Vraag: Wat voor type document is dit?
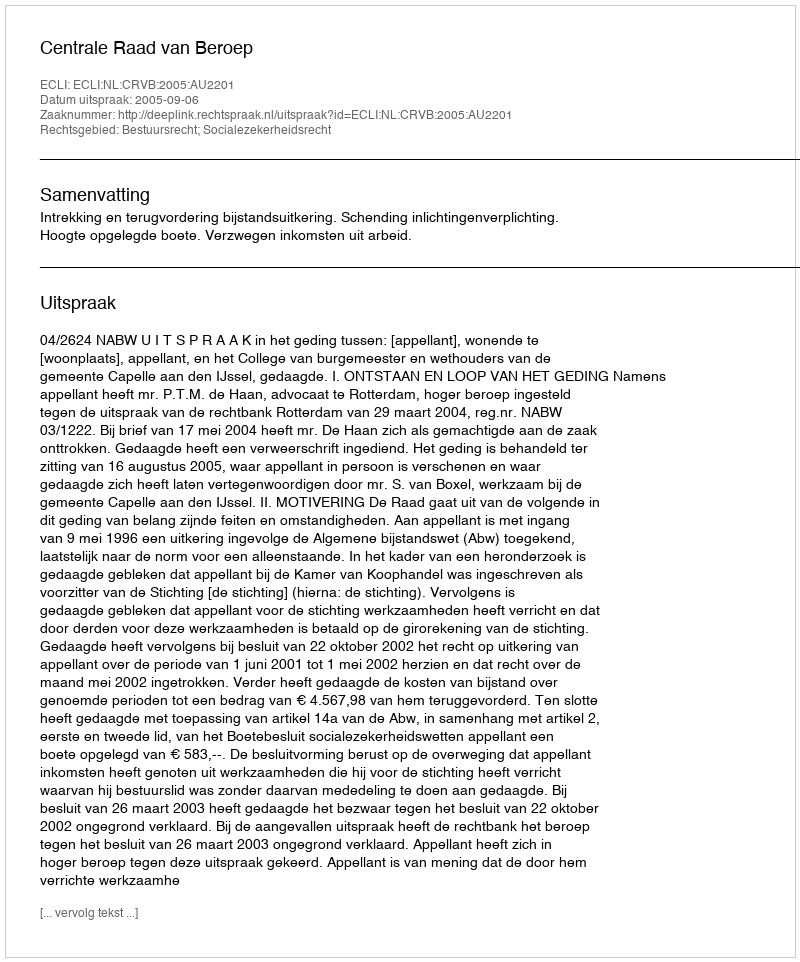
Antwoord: Uitspraak